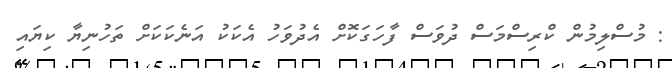
: މުސްލިމުން ކްރިސްމަސް ދުވަސް ފާހަގަކޮށް އެދުވަހު އެކަކު އަނެކަކަށް ތަހުނިޔާ ކިޔައި